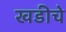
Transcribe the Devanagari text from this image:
खडीचे